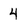
Character: 4